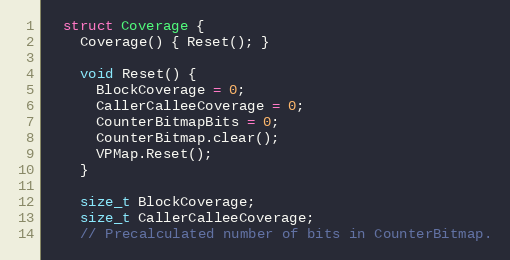
Language: C
  struct Coverage {
    Coverage() { Reset(); }

    void Reset() {
      BlockCoverage = 0;
      CallerCalleeCoverage = 0;
      CounterBitmapBits = 0;
      CounterBitmap.clear();
      VPMap.Reset();
    }

    size_t BlockCoverage;
    size_t CallerCalleeCoverage;
    // Precalculated number of bits in CounterBitmap.